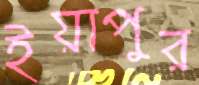
ইয়াপুর